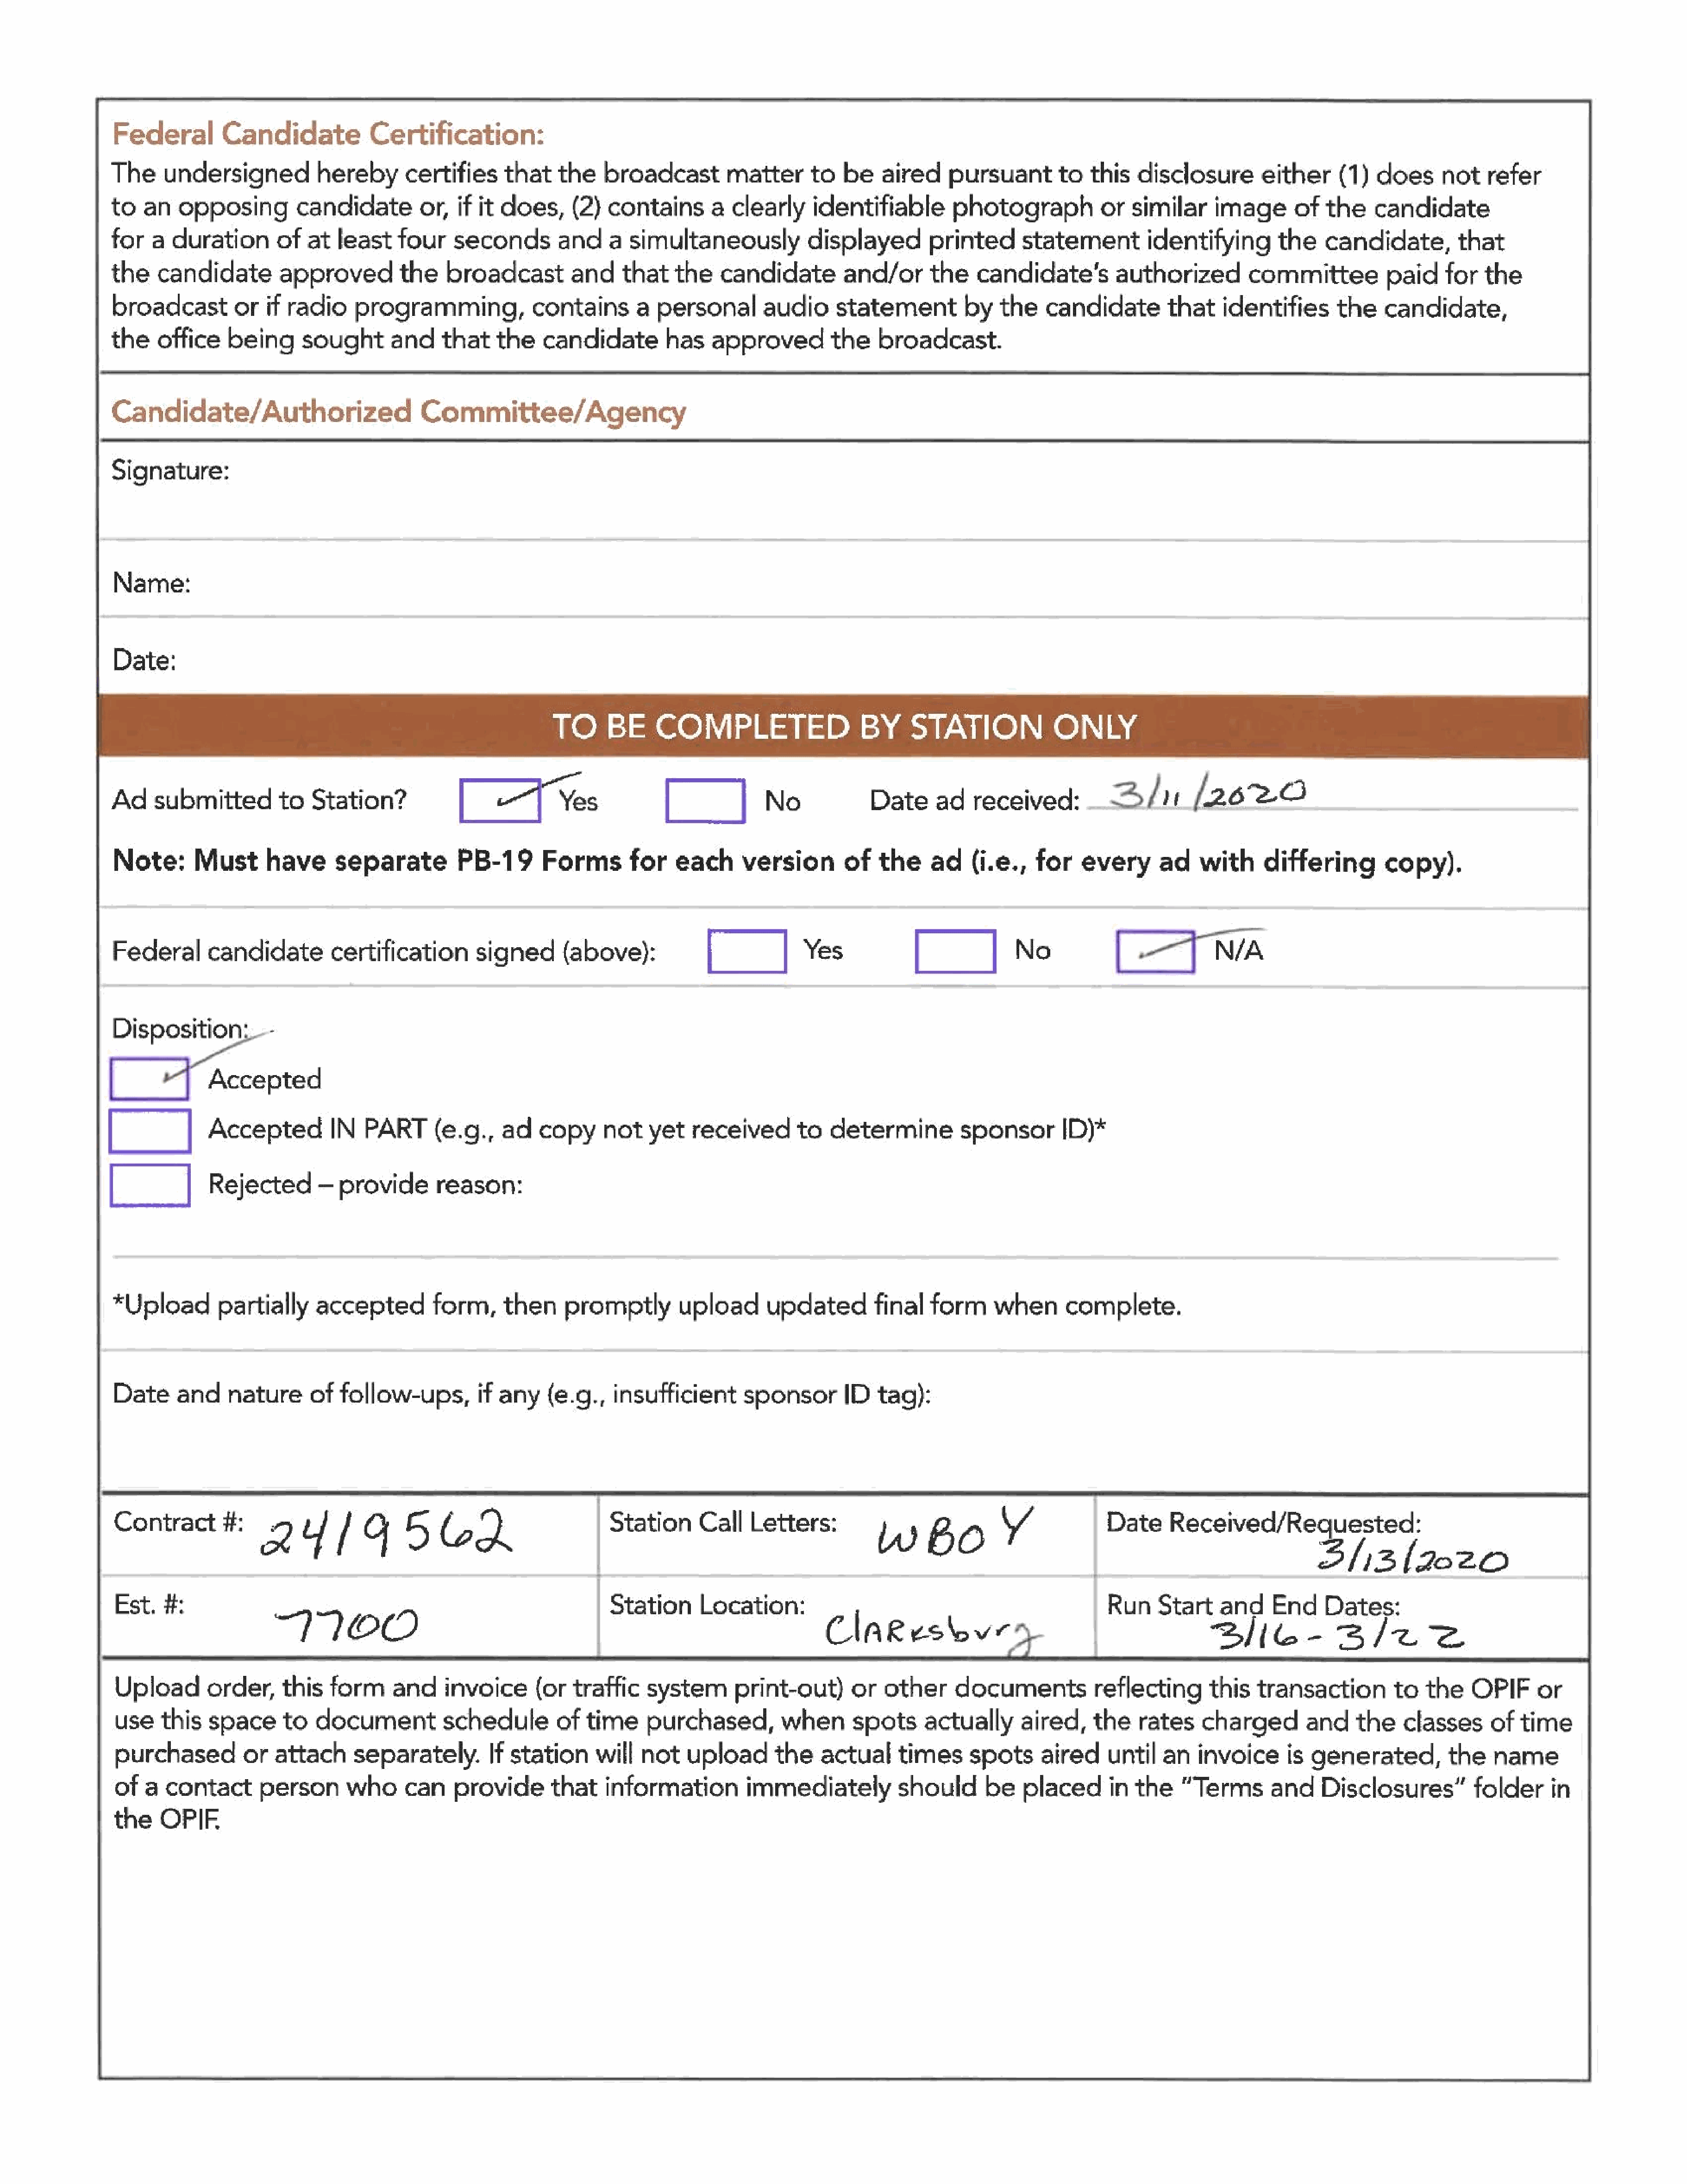
Federal         Candidate            Certification:
 The     undersigned          herebycertifies            that    the   broadcast         matter      to   be   aired     pursuant       to   this   disclosure       either     (1)   does     not    refer
 to   an   opposing        candidateor,           if  it does,     (2)  contains       a  clearly    identifiable        photograph           orsimilar        image      of  the    candidate
 for   a  duration       ofat    least    four    seconds        anda      simultaneously           displayed         printed      statementidentifying                 the   candidate,         that
 the    candidate        approved         the    broadcast         and    that   the    candidate         and/or      the    candidate's         authorized        committee           paid     for  the
 broadcastorif            radio     programming,           contains         a  personal       audio      statement         by   the    candidate        that    identifies      the    candidate,
 the    office    being     sought       and    that    the    candidate        has    approved         the    broadcast.
 Candidate/Authorized                        Committee/Agency
 Signature:
 TO      BE     COMPLETED               BY          STATION              ONLY
 Ad    submitted         to   Station?             [ves                         |              No             Date     ad   received:           3/n         [2620
 Note:       Must      have      separate          PB-19       Formsfor           each     version        of   the    ad(i.e.,       for    every      ad   with      differing        copy).
 Federal       candidate        certification        signed      (above):             [|            Yes             [             No            [=TNa
 Disposition:           -
 (Fyenema
 [              Accepted         IN   PART      (e.g.,    ad   copy     not    yet   received       to   determine         sponsorID)*
 iC            Rejected       —   provide      reason:
 *Upload        partially     accepted         form,     then     promptly        upload       updatedfinal           form     when      complete.
 Date     and     nature     of   follow-ups,if         any    (e.g.,    insufficient      sponsorID          tag):
 Contract        #:   2     y    /   G     5    2                     | Station      Call   Letters:           Ww     B   O     VY           | Date     Recoved/Regaasted
 1317020
 Est.   #:                                                              Station      Location:                                                 RunStart        and     End    Dates:
 7100
 Clakesbvr                             |                2)ie-             3/72
 Upload        order,    this   form     andinvoice           (ortraffic      system      print-out)       or  other     documents           reflecting       this   transaction        to   the   OPIF      or
 use    this   space     to   documentschedule                   of  time     purchased,         when      spots     actually      aired,    the    rates    charged        andtheclasses             of  time
 purchasedorattach                  separately.If         station     will   not   upload       the   actual     times      spotsaired         until   an   invoice      is generated,          the    name
 of   a  contact      person       whocanprovide                thatinformation             immediately          should       be   placedin        the    “Terms       and    Disclosures”folderin
 the    OPIF.